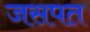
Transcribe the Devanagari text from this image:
जसपत